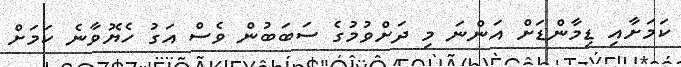
ކަމަށާއި ޑިމާންޑަށް އަންނަ މި ދަށްވުމުގެ ސަބަބުން ވެސް އަގު ހެޔޮވާނެ ކަމަށް